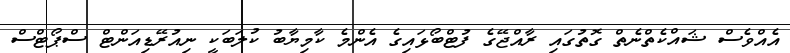
އެއްވެސް ޝައްކެތްނެތް ގޮތުގައި ރާއްޖޭގެ ފުޓްބޯޅައިގެ އެންމެ ކާމިޔާބު ކުލަބަކީ ނިއުރޭޑިއަންޓް ސްޕޯޓްސް